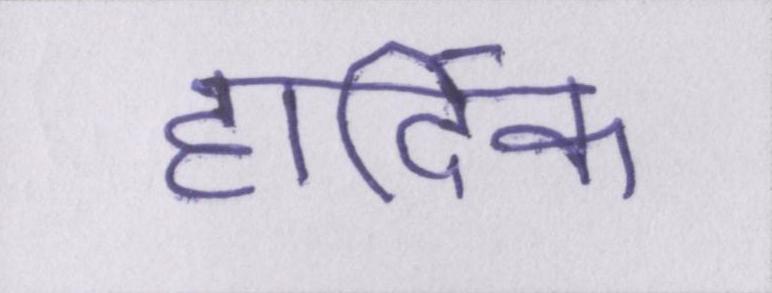
हार्दिक